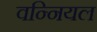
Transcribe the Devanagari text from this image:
वन्नियल